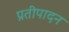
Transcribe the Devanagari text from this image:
प्रतीपादन